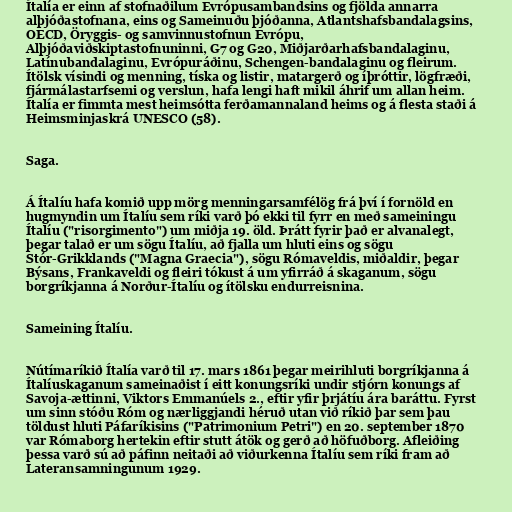
Ítalía er einn af stofnaðilum Evrópusambandsins og fjölda annarra
alþjóðastofnana, eins og Sameinuðu þjóðanna, Atlantshafsbandalagsins,
OECD, Öryggis- og samvinnustofnun Evrópu,
Alþjóðaviðskiptastofnuninni, G7 og G20, Miðjarðarhafsbandalaginu,
Latínubandalaginu, Evrópuráðinu, Schengen-bandalaginu og fleirum.
Ítölsk vísindi og menning, tíska og listir, matargerð og íþróttir, lögfræði,
fjármálastarfsemi og verslun, hafa lengi haft mikil áhrif um allan heim.
Ítalía er fimmta mest heimsótta ferðamannaland heims og á flesta staði á
Heimsminjaskrá UNESCO (58).

Saga.

Á Ítalíu hafa komið upp mörg menningarsamfélög frá því í fornöld en
hugmyndin um Ítalíu sem ríki varð þó ekki til fyrr en með sameiningu
Ítalíu ("risorgimento") um miðja 19. öld. Þrátt fyrir það er alvanalegt,
þegar talað er um sögu Ítalíu, að fjalla um hluti eins og sögu
Stór-Grikklands ("Magna Graecia"), sögu Rómaveldis, miðaldir, þegar
Býsans, Frankaveldi og fleiri tókust á um yfirráð á skaganum, sögu
borgríkjanna á Norður-Ítalíu og ítölsku endurreisnina.

Sameining Ítalíu.

Nútímaríkið Ítalía varð til 17. mars 1861 þegar meirihluti borgríkjanna á
Ítalíuskaganum sameinaðist í eitt konungsríki undir stjórn konungs af
Savoja-ættinni, Viktors Emmanúels 2., eftir yfir þrjátíu ára baráttu. Fyrst
um sinn stóðu Róm og nærliggjandi héruð utan við ríkið þar sem þau
töldust hluti Páfaríkisins ("Patrimonium Petri") en 20. september 1870
var Rómaborg hertekin eftir stutt átök og gerð að höfuðborg. Afleiðing
þessa varð sú að páfinn neitaði að viðurkenna Ítalíu sem ríki fram að
Lateransamningunum 1929.